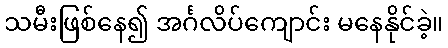
သမီးဖြစ်နေ၍ အင်္ဂလိပ်ကျောင်း မနေနိုင်ခဲ့။